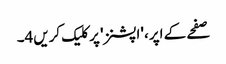
صفحے کے اپر، 'اپشنز' پر کلیک کریں4۔